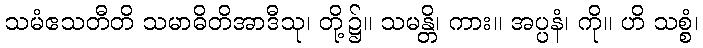
သမံဧသတီတိ သမာဓိတိအာဒီသု၊ တို့၌။ သမန္တိ၊ ကား။ အပ္ပနံ၊ ကို။ ဟိ သစ္စံ၊